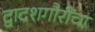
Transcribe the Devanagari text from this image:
द्वादशगौरींचा